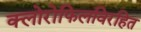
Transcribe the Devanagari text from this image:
क्लोरोफिलविरहित